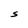
Character: S